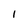
Character: I